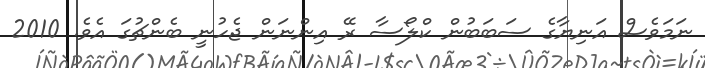
ނަމަވެސް އަނިޔާގެ ސަބަބުން ކްލޯސާ ރޭ އިންނަން ޖެހުނީ ބެންޗުގަ އެވެ. 2010